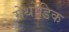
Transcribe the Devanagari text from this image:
मेथोडिक